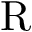
\mathrm { R }